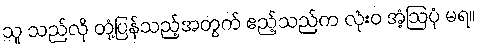
သူ သည်လို တုံ့ပြန်သည့်အတွက် ဧည့်သည်က လုံးဝ အံ့ဩပုံ မရ။